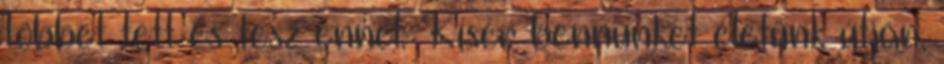
többet tett és tesz ennél. Kísér bennünket életünk útján,